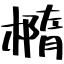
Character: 橢